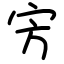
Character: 㝑